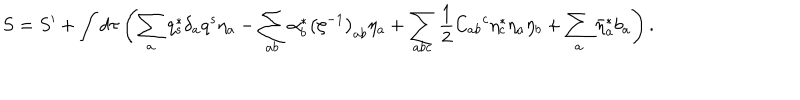
S = S ^ { \prime } + \int d \tau \left( \sum _ { a } q _ { s } ^ { * } \delta _ { a } q ^ { s } \eta _ { a } - \sum _ { a b } \alpha _ { b } ^ { * } \left( \zeta ^ { - 1 } \right) _ { a b } \eta _ { a } + \sum _ { a b c } \frac { 1 } { 2 } C _ { a b } { } ^ { c } \eta _ { c } ^ { * } \eta _ { a } \eta _ { b } + \sum _ { a } \bar { \eta } _ { a } ^ { * } b _ { a } \right) .